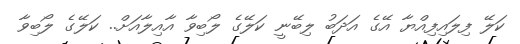
ކަލޭ ފިލައިފިއްޔާ އޭގެ އަދަބު ލިބޭނީ ކަލޭގެ ލޯބިވާ އާއިލާއަށް.. ކަލޭގެ ލޯބިވާ